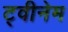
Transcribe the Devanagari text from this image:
ट्वीनेम